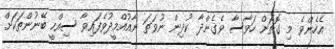
އެހެންވެ މި ގޮޮތަށް ހަވާސާ ވެގެންދާ ކުދިން ނުވަތަ ނާއުއްމީދުވެފައިވާ ސިއްހީ ބޭނުންތަކަށް